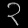
Digit: ၃